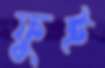
ফুই